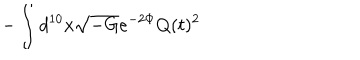
- \int d ^ { 1 0 } x \sqrt { - G } e ^ { - 2 \Phi } Q ( t ) ^ { 2 }